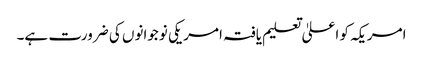
امریکہ کو اعلیٰ تعلیم یافتہ امریکی نوجوانوں کی ضرورت ہے۔